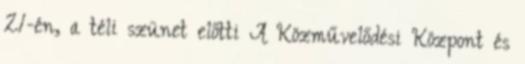
21-én, a téli szünet előtti A Közművelődési Központ és